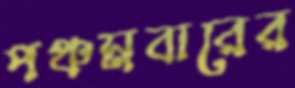
পঞ্চমবারের